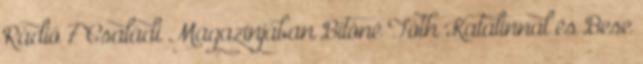
Rádió 7 Családi Magazinjában Bitóné Tóth Katalinnal és Bese